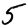
Digit: 5